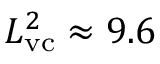
L _ { \mathrm { v c } } ^ { 2 } \approx 9 . 6